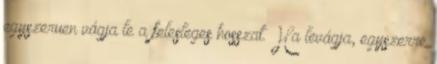
egyszeruen vágja le a felesleges hosszat. Ha levágja, egyszerre